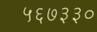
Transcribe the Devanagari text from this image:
५६७३३०